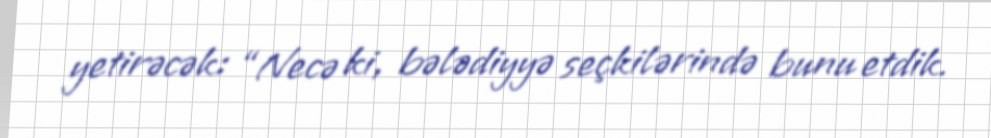
yetirəcək: “Necə ki, bələdiyyə seçkilərində bunu etdik.